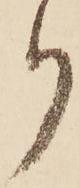
り